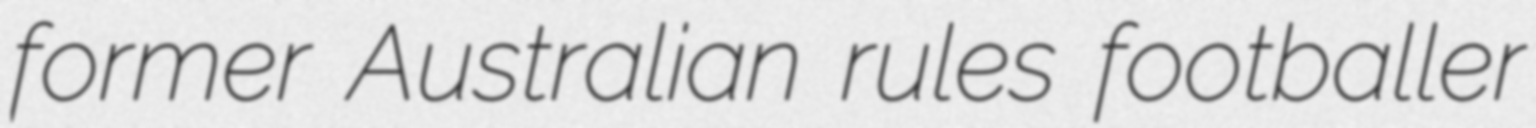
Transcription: former Australian rules footballer